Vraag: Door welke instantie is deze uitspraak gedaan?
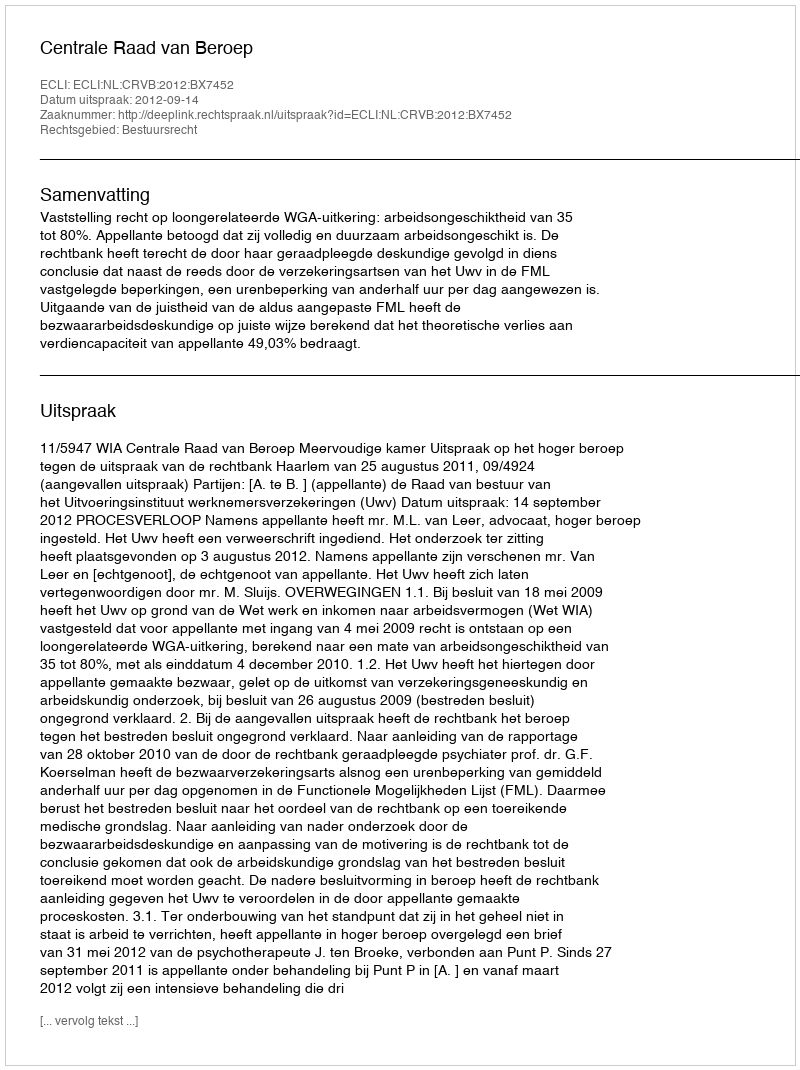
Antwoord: Centrale Raad van Beroep